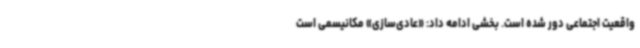
واقعیت اجتماعی دور شده است. بخشی ادامه داد: «عادی‌سازی» مکانیسمی است